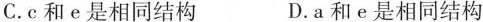
C. c和e是相同结构 D. a和e是相同结构